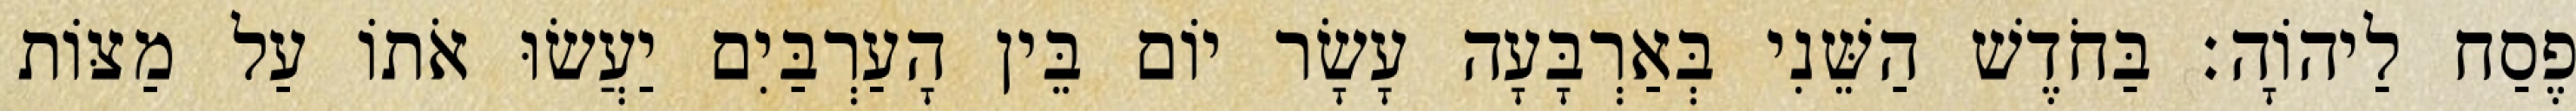
פֶסַח לַיהוָֹה׃ בַּחֹדֶשׁ הַשֵּׁנִי בְּאַרְבָּעָה עָשָׂר יוֹם בֵּין הָעַרְבַּיִם יַעֲשׂוּ אֹתוֹ עַל מַצּוֹת